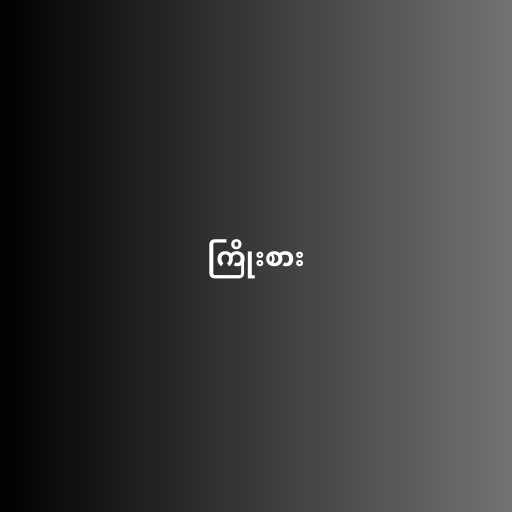
ကြိုးစား